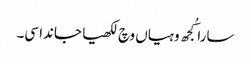
سارا کُجھ وہیاں وچ لکھیا جاندا سی۔